38_143685_box_Incident_Summaries_173-233
Agency: Department of War
Page 9
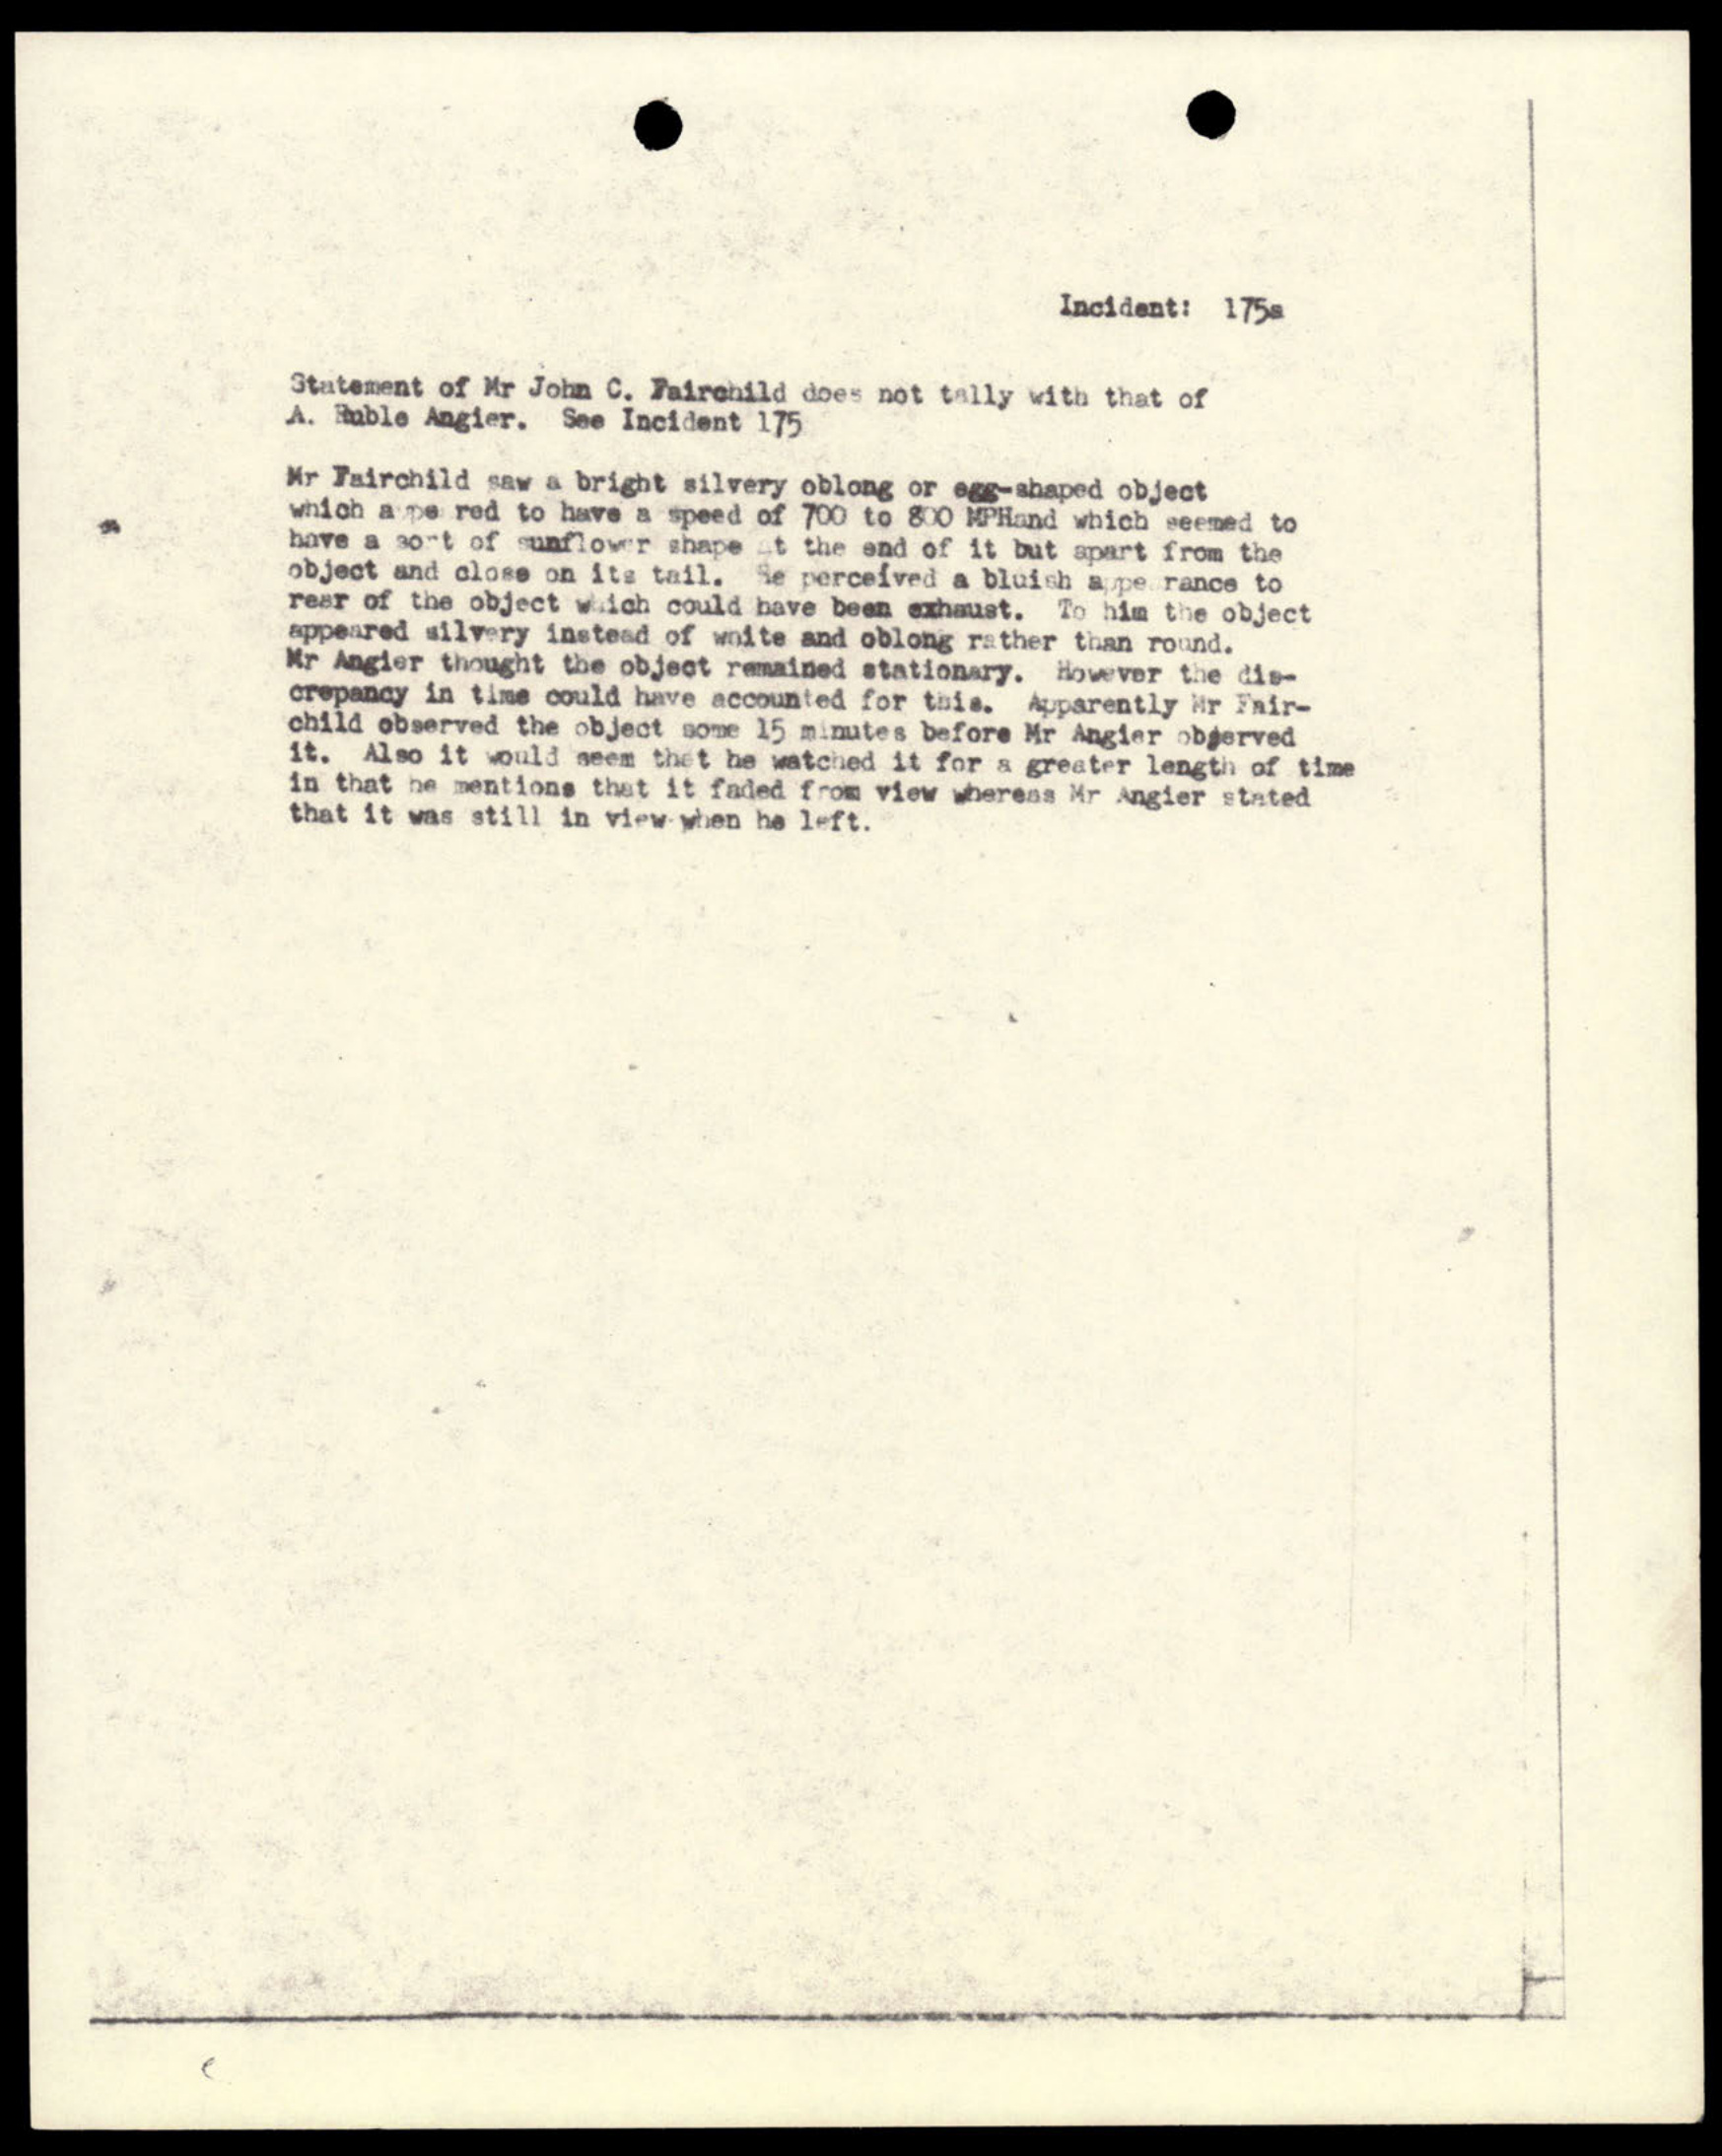